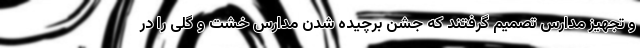
و تجهیز مدارس تصمیم گرفتند که جشن برچیده شدن مدارس خشت و گلی را در